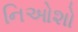
નિઓશો